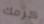
كرمك